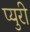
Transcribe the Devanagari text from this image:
प्युरी